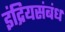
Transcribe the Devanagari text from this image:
इंद्रियसंबंध